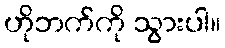
ဟိုဘက်ကို သွားပါ။